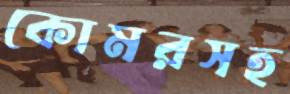
কোমরসহ